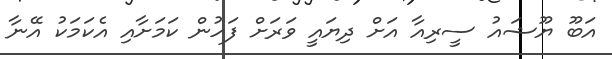
އަބޫ ޔޫޝައު ސީރިއާ އަށް ދިޔައީ ވަރަށް ފަހުން ކަމަށާއި އެކަމަކު އޭނާ